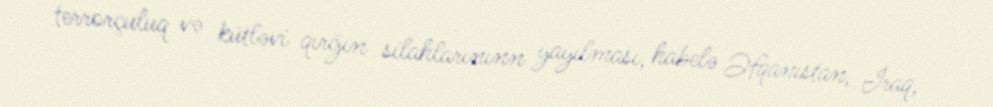
terrorçuluq və kütləvi qırğın silahlarınınn yayılması, habelə Əfqanıstan, İraq,